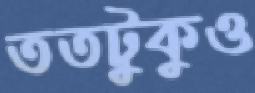
ততটুকুও